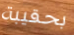
بحقيبة